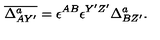
\overline { { \Delta _ { A Y ^ { \prime } } ^ { a } } } = \epsilon ^ { A B } \epsilon ^ { Y ^ { \prime } Z ^ { \prime } } \Delta _ { B Z ^ { \prime } } ^ { a } .